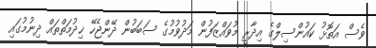
ވެސް އަތޮޅު ކައުންސިލްގެ އިދާރީ މުވައްޒަފުން މަދުވުމުގެ ސަބަބުން ދޭންޖެހޭ ޚިދުމަތްތައް ދިނުމުގައި